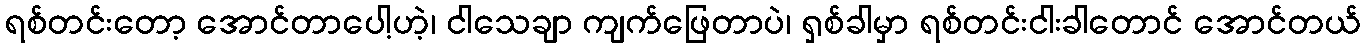
ရစ်တင်းတော့ အောင်တာပေါ့ဟဲ့၊ ငါသေချာ ကျက်ဖြေတာပဲ၊ ရှစ်ခါမှာ ရစ်တင်းငါးခါတောင် အောင်တယ်